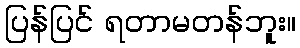
ပြန်ပြင် ရတာမတန်ဘူး။